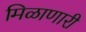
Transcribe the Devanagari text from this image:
मिळाणारी